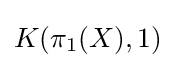
K(\pi _{1}(X),1)